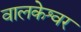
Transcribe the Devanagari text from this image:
वालकेश्वर